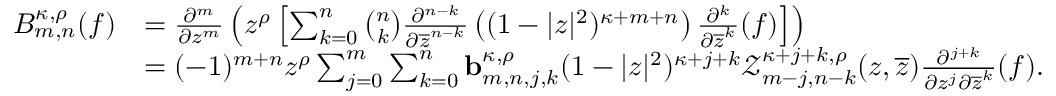
\begin{array} { r l } { B _ { m , n } ^ { \kappa , \rho } ( f ) } & { = \frac { \partial ^ { m } } { \partial { z ^ { m } } } \left( z ^ { \rho } \left[ \sum _ { k = 0 } ^ { n } \binom { n } { k } \frac { \partial ^ { n - k } } { \partial { \overline { { z } } ^ { n - k } } } \left( ( 1 - | z | ^ { 2 } ) ^ { \kappa + m + n } \right) \frac { \partial ^ { k } } { \partial { \overline { { z } } ^ { k } } } ( f ) \right] \right) } \\ & { = ( - 1 ) ^ { m + n } z ^ { \rho } \sum _ { j = 0 } ^ { m } \sum _ { k = 0 } ^ { n } \mathbf { b } _ { m , n , j , k } ^ { \kappa , \rho } ( 1 - | z | ^ { 2 } ) ^ { \kappa + j + k } \mathcal { Z } _ { m - j , n - k } ^ { \kappa + j + k , \rho } ( z , \overline { { z } } ) \frac { \partial ^ { j + k } } { \partial z ^ { j } \partial \overline { { z } } ^ { k } } ( f ) . } \end{array}